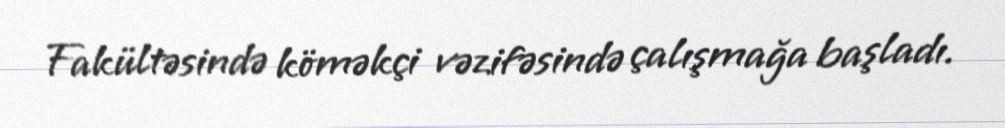
Fakültəsində köməkçi vəzifəsində çalışmağa başladı.